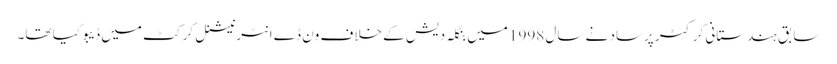
سابق ہندستانی کرکٹر پرساد نے سال 1998 میں بنگلہ دیش کے خلاف ون ڈے انٹرنیشنل کرکٹ میں ڈیبو کیا تھا۔